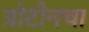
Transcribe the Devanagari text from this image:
प्रोटीनचा